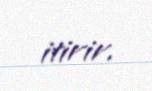
itirir.